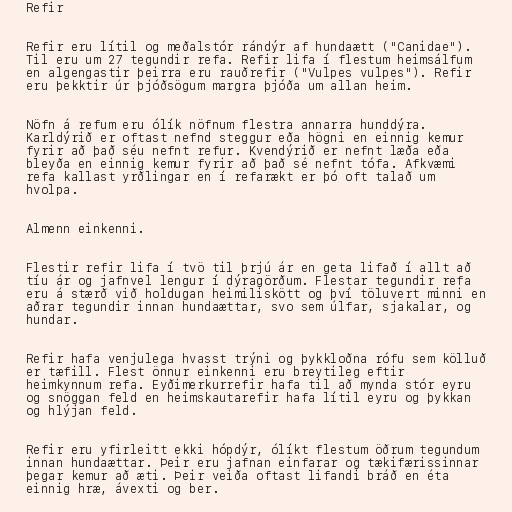
Refir

Refir eru lítil og meðalstór rándýr af hundaætt ("Canidae").
Til eru um 27 tegundir refa. Refir lifa í flestum heimsálfum
en algengastir þeirra eru rauðrefir ("Vulpes vulpes"). Refir
eru þekktir úr þjóðsögum margra þjóða um allan heim.

Nöfn á refum eru ólík nöfnum flestra annarra hunddýra.
Karldýrið er oftast nefnd steggur eða högni en einnig kemur
fyrir að það séu nefnt refur. Kvendýrið er nefnt læða eða
bleyða en einnig kemur fyrir að það sé nefnt tófa. Afkvæmi
refa kallast yrðlingar en í refarækt er þó oft talað um
hvolpa.

Almenn einkenni.

Flestir refir lifa í tvö til þrjú ár en geta lifað í allt að
tíu ár og jafnvel lengur í dýragörðum. Flestar tegundir refa
eru á stærð við holdugan heimiliskött og því töluvert minni en
aðrar tegundir innan hundaættar, svo sem úlfar, sjakalar, og
hundar.

Refir hafa venjulega hvasst trýni og þykkloðna rófu sem kölluð
er tæfill. Flest önnur einkenni eru breytileg eftir
heimkynnum refa. Eyðimerkurrefir hafa til að mynda stór eyru
og snöggan feld en heimskautarefir hafa lítil eyru og þykkan
og hlýjan feld.

Refir eru yfirleitt ekki hópdýr, ólíkt flestum öðrum tegundum
innan hundaættar. Þeir eru jafnan einfarar og tækifærissinnar
þegar kemur að æti. Þeir veiða oftast lifandi bráð en éta
einnig hræ, ávexti og ber.